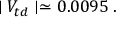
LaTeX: \mid V _ { t d } \mid \simeq 0 . 0 0 9 5 \; .